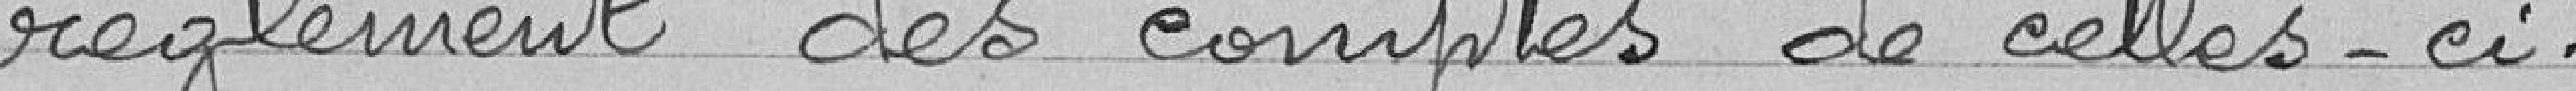
règlement des comptes de celles-ci